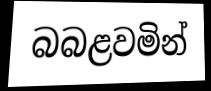
බබළවමින්